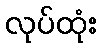
လုပ်ထုံး